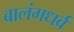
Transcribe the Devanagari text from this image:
बालंगधर्व